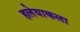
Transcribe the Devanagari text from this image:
हलेयाकला